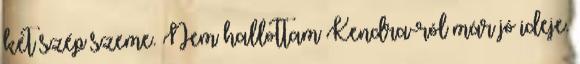
két szép szeme. Nem hallottam Kendra-ról már jó ideje.